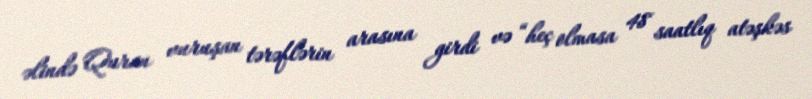
əlində Quran vuruşan tərəflərin arasına girdi və “heç olmasa 48 saatlıq atəşkəs